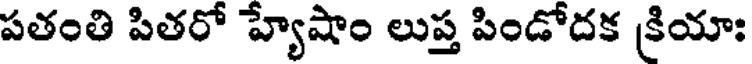
పతంతి పితరో హ్యేషాం లుప్త పిండోదక క్రియాః